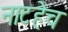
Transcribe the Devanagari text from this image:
नाटहेच